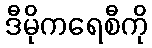
ဒီမိုကရေစီကို